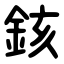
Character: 䤤